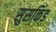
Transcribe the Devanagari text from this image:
सुसकिंड